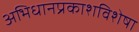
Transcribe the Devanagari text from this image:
अभिधानप्रकाशविशेषा